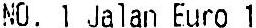
NO. 1 JALAN EURO 1